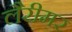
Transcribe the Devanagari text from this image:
लैरीमर